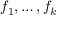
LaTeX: f _ { 1 } , \dots , f _ { k }